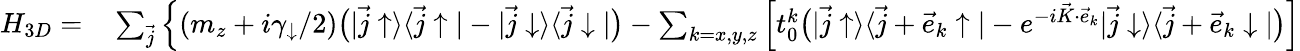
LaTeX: \begin{array}{rl}{H_{3D}=}&{{}\sum_{\vec{j}}\Big\{ (m_{z}+i\gamma_{\downarrow}/2)\bigr(|\vec{j}\uparrow\rangle\langle\vec{j}\uparrow|-|\vec{j}\downarrow\rangle\langle\vec{j}\downarrow|\bigr)-\sum_{k=x,y,z}\Big[t_{0}^{k}\bigr(|\vec{j}\uparrow\rangle\langle\vec{j}+\vec{e}_{k}\uparrow|-e^{-i\vec{K}\cdot\vec{e}_{k}}|\vec{j}\downarrow\rangle\langle\vec{j}+\vec{e}_{k}\downarrow|\bigr)\Big]}\end{array}